Indian journal of veterinary science and animal husbandry - Volume 10,
Year: 1940
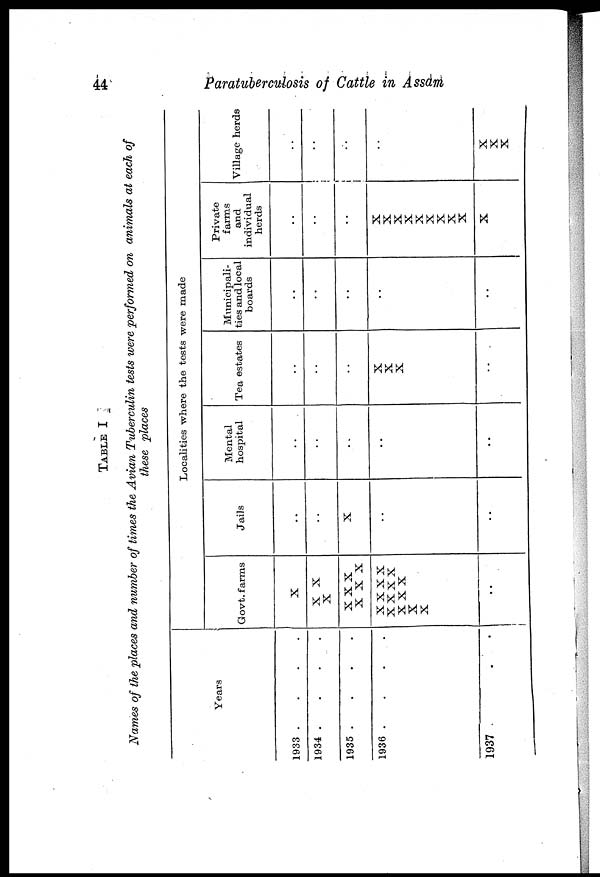
44
Paratuberculosis of Cattle in Assam
TABLE I
Names of the places and number of times the Avian Tuberculin tests were performed on animals at each of
these places
Years
1933 .
.
.
.
1934 .
.
.
.
1935 .
.
.
.
1936 .
.
.
.
1937 . . .
Localities where the tests were made
Govt. farms
X
X X
X
X X X
X X X
x x x x
x x x x
X X X
X
X
..
Jails
..
..
X
..
..
Mental
hospital
..
..
..
..
..
Tea estates
..
..
..
X
X
X
..
Municipali-
ties and local
boards
..
..
..
..
..
Private
farms
and
individual
herds
..
..
..
X
X
X
X
X
X
X
X
X
X
Village herds
..
..
..
..
X
X
X